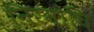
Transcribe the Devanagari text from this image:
निरमोचि